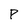
Character: P